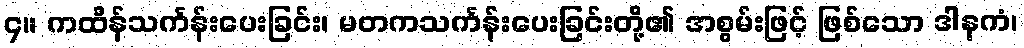
၄။ ကထိန်သင်္ကန်းပေးခြင်း၊ မတကသင်္ကန်းပေးခြင်းတို့၏ အစွမ်းဖြင့် ဖြစ်သော ဒါနကံ၊